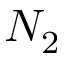
N _ { 2 }